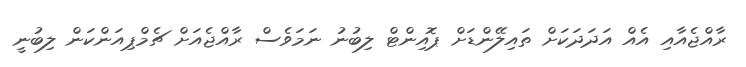
ރާއްޖެއާއި އެއް އަދަދަކަށް ތައިލޭންޑަށް ޕޮއިންޓް ލިބުނު ނަމަވެސް ރާއްޖެއަށް ޗެމްޕިއަންކަން ލިބުނީ